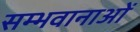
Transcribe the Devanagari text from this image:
सम्भवानाओं